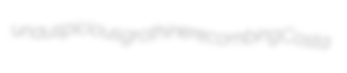
unauspicious grothine recombing Costa